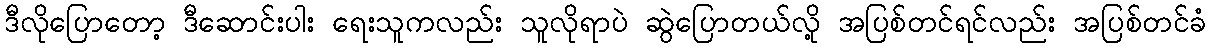
ဒီလိုပြောတော့ ဒီဆောင်းပါး ရေးသူကလည်း သူလိုရာပဲ ဆွဲပြောတယ်လို့ အပြစ်တင်ရင်လည်း အပြစ်တင်ခံ